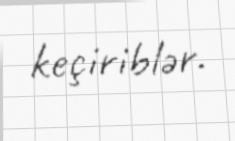
keçiriblər.